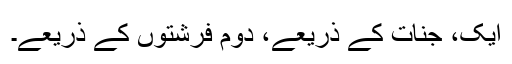
ایک، جنات کے ذریعے، دوم فرشتوں کے ذریعے۔